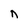
Character: n